Annual report on the working of the mental hospitals in the Madras Presidency - 1912-1932
Year: 1912
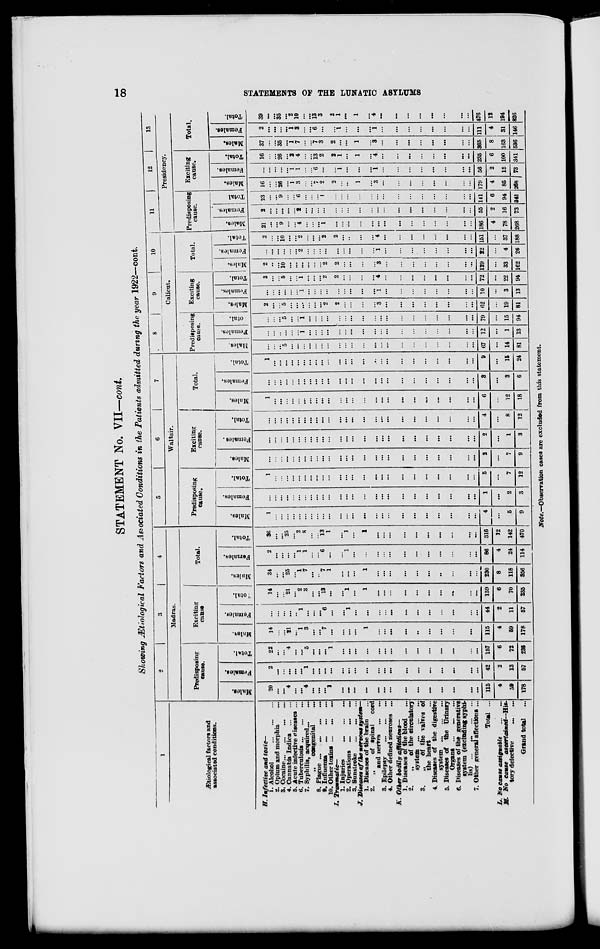
18
STATEMENTS OF THE LUNATIC ASYLUMS
STATEMENT No. VII—cont.
Showing Ætiological Factors and Associated Conditions in the Patients admitted during the year 1922—cont.
1
Ætiological factors and
associated conditions.
H. Infective and toxic—
1. Alcohol ... ... ...
2. Opium and morphia ...
3. Cocaine ... ... ... ...
4. Cannabis Indica ... ...
5. Acute infective diseases ...
6. Tuberculosis
...
...
...
7. Syphilis, acquired ... ...
„ congenital ...
8.Plague ... ... ... ...
9.Influenza ... ... ...
10. Other toxins ... ... ...
I. Traumatic—
1.Injuries ... ... ...
2.Operations ... ... ...
3.Sunstroke ... ... ...
J. Diseases of the nervous system—
1. Diseases of the brain ...
2.
„
of spinal
cord
and nerves ... ...
3. Epilepsy ... ... ...
4. Other defined neuroses ...
K. Other bodily
affections—
1. Diseases of the blood ...
2.
„
of the circulatory
system ... ... ...
3.
„
of the valves of
the heart ...
4. Diseases of the digestive
system ... ... ...
5. Diseases or the Urinary
Organs ... ... ...
6. Diseases of the generative
system (excluding syphi-
lis) ... ... ... ...
7. Other general affections ...
Total ...
L. No cause assignable
...
...
M. No cause
ascertained—His-
tory defective ... ...
Grand total ...
2
3
4
Madras.
Predisposing
cause.
Males.
20
...
...
4
...
...
4
...
...
...
1
...
...
...
...
...
...
...
...
...
...
...
...
...
...
115
4
59
178
Females.
2
...
...
...
...
...
1
...
...
...
...
...
...
...
...
...
...
...
...
...
...
...
...
...
...
42
2
13
57
Total.
22
...
...
4
...
...
5
...
...
...
1
...
...
...
...
...
...
...
...
...
...
...
...
...
...
157
6
72
235
Exciting
cause
Males.
14
...
...
21
...
1
3
...
...
7
...
...
...
...
1
...
...
...
...
...
...
...
...
...
...
115
4
59
178
Females.
...
...
...
...
...
1
...
...
...
6
...
...
1
...
...
...
...
...
...
...
...
...
...
...
...
44
2
11
57
Total.
14
...
...
21
...
2
3
...
...
13
...
...
1
...
1
...
...
...
...
...
...
...
...
...
...
159
6
70
235
Total.
Males.
34
...
...
25
...
1
7
...
...
7
1
...
...
...
1
...
...
...
...
...
...
...
...
...
...
230
8
118
356
Females.
2
...
...
...
...
1
1
...
...
6
...
...
1
...
...
...
...
...
...
...
...
...
...
...
...
86
4
24
114
Total.
36
...
...
25
...
2
8
...
...
13
1
...
1
...
1
...
...
...
...
...
...
...
...
....
...
316
12
142
470
5
6
7
Waltair.
Predisposing
cause.
Males.
1
...
...
...
...
...
...
...
...
...
...
...
...
...
...
...
...
...
...
...
...
...
...
...
...
4
...
5
9
Females.
...
...
...
...
...
...
...
...
...
...
...
...
...
...
...
...
...
...
...
...
...
...
...
...
...
1
...
2
3
Total.
1
...
...
...
...
...
...
...
...
...
...
...
...
...
...
...
...
...
...
...
...
...
...
...
...
5
...
7
12
Exciting
cause.
Males.
...
...
...
...
...
...
...
...
...
...
...
...
...
...
...
...
...
...
...
...
...
...
...
...
...
2
...
7
9
Females.
...
...
...
...
...
...
...
...
...
...
...
...
...
...
...
...
...
...
...
....
...
....
...
...
...
2
...
1
3
Total.
...
...
...
...
...
...
...
...
...
...
...
...
...
...
...
...
...
...
...
...
...
...
...
...
...
4
...
8
12
Total.
Males.
1
...
...
...
...
...
...
...
...
...
...
...
...
...
...
...
...
...
...
...
...
...
...
...
...
6
...
12
18
Females.
...
...
...
...
...
...
...
...
...
...
...
...
...
...
...
...
...
...
...
...
...
...
...
...
...
3
...
3
6
Total.
1
...
...
...
...
...
...
...
...
...
...
...
...
...
...
...
...
...
...
...
...
...
....
....
...
9
...
15
24
8
9
10
Calicut.
Predisposing
cause.
Males.
...
...
...
5
...
...
...
...
...
...
...
...
...
...
...
...
...
...
...
...
...
...
...
...
...
67
...
14
81
Females.
...
...
...
...
...
...
1
...
...
...
...
...
...
...
...
...
...
...
...
...
...
...
...
...
...
12
...
1
13
Total.
...
...
...
5
...
...
1
...
...
...
...
...
...
...
...
...
...
...
...
...
...
...
...
...
...
79
...
15
94
Exciting
cause.
Males.
2
...
...
5
...
...
...
...
...
...
2
2
...
...
...
...
3
...
...
...
...
...
...
...
...
62
...
19
81
Females.
...
...
...
...
...
...
1
...
...
...
...
...
...
...
...
...
1
...
...
...
...
...
...
...
...
10
...
3
13
Total.
2
...
...
5
...
...
1
...
...
...
2
2
...
...
...
...
4
...
...
...
...
...
...
...
...
72
...
22
94
Total.
Males.
2
...
...
10
...
...
...
...
...
...
2
2
...
...
...
...
3
...
...
...
...
...
...
...
...
129
...
33
162
Females.
...
...
...
...
...
...
2
...
...
...
...
...
...
...
...
...
1
...
...
...
...
...
...
...
...
22
...
4
26
Total.
2
...
...
10
...
...
2
...
...
...
2
2
...
...
...
...
4
...
...
...
...
...
...
...
...
151
...
37
188
11
12
13
Presidency.
Predisposing
cause.
Males.
21
...
...
9
...
...
4
...
...
...
1
...
...
...
...
...
...
...
...
...
...
...
...
...
...
186
4
78
268
Females.
2
...
...
...
...
...
2
...
...
...
...
...
...
...
...
...
...
...
...
...
...
...
...
...
...
55
2
16
73
Total
23
...
...
9
...
...
6
...
...
...
1
...
...
...
...
...
...
...
...
...
...
...
...
...
...
141
6
94
341
Exciting
cause.
Males.
16
...
...
26
...
1
3
...
...
7
2
2
1
...
1
...
3
...
...
...
...
...
...
...
...
179
4
85
268
Females.
...
...
...
...
...
1
1
...
...
6
...
...
...
...
...
...
1
...
...
...
...
...
...
...
...
56
2
15
73
Total.
16
...
...
26
...
2
4
...
...
13
2
2
1
...
1
...
4
...
...
...
...
...
...
...
...
235
6
100
341
Total.
Males.
37
...
...
35
...
1
7
...
...
7
3
2
...
...
1
...
3
...
...
...
...
...
...
...
...
365
8
163
536
Females.
2
...
...
...
...
1
3
...
...
6
...
...
1
...
...
...
1
...
...
...
...
...
...
...
...
111
4
31
146
Total.
39
...
...
35
...
2
10
...
...
13
3
2
1
...
1
...
4
...
...
...
...
...
...
...
...
476
12
194
826
Note.—Observation cases are excluded from this statement.